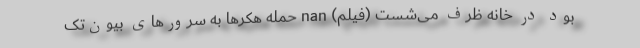
بود در خانه ظرف می‌شست (فیلم) nan حمله هکرها به سرورهای بیون‌‌تک